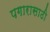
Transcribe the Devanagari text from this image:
पगारासाठी